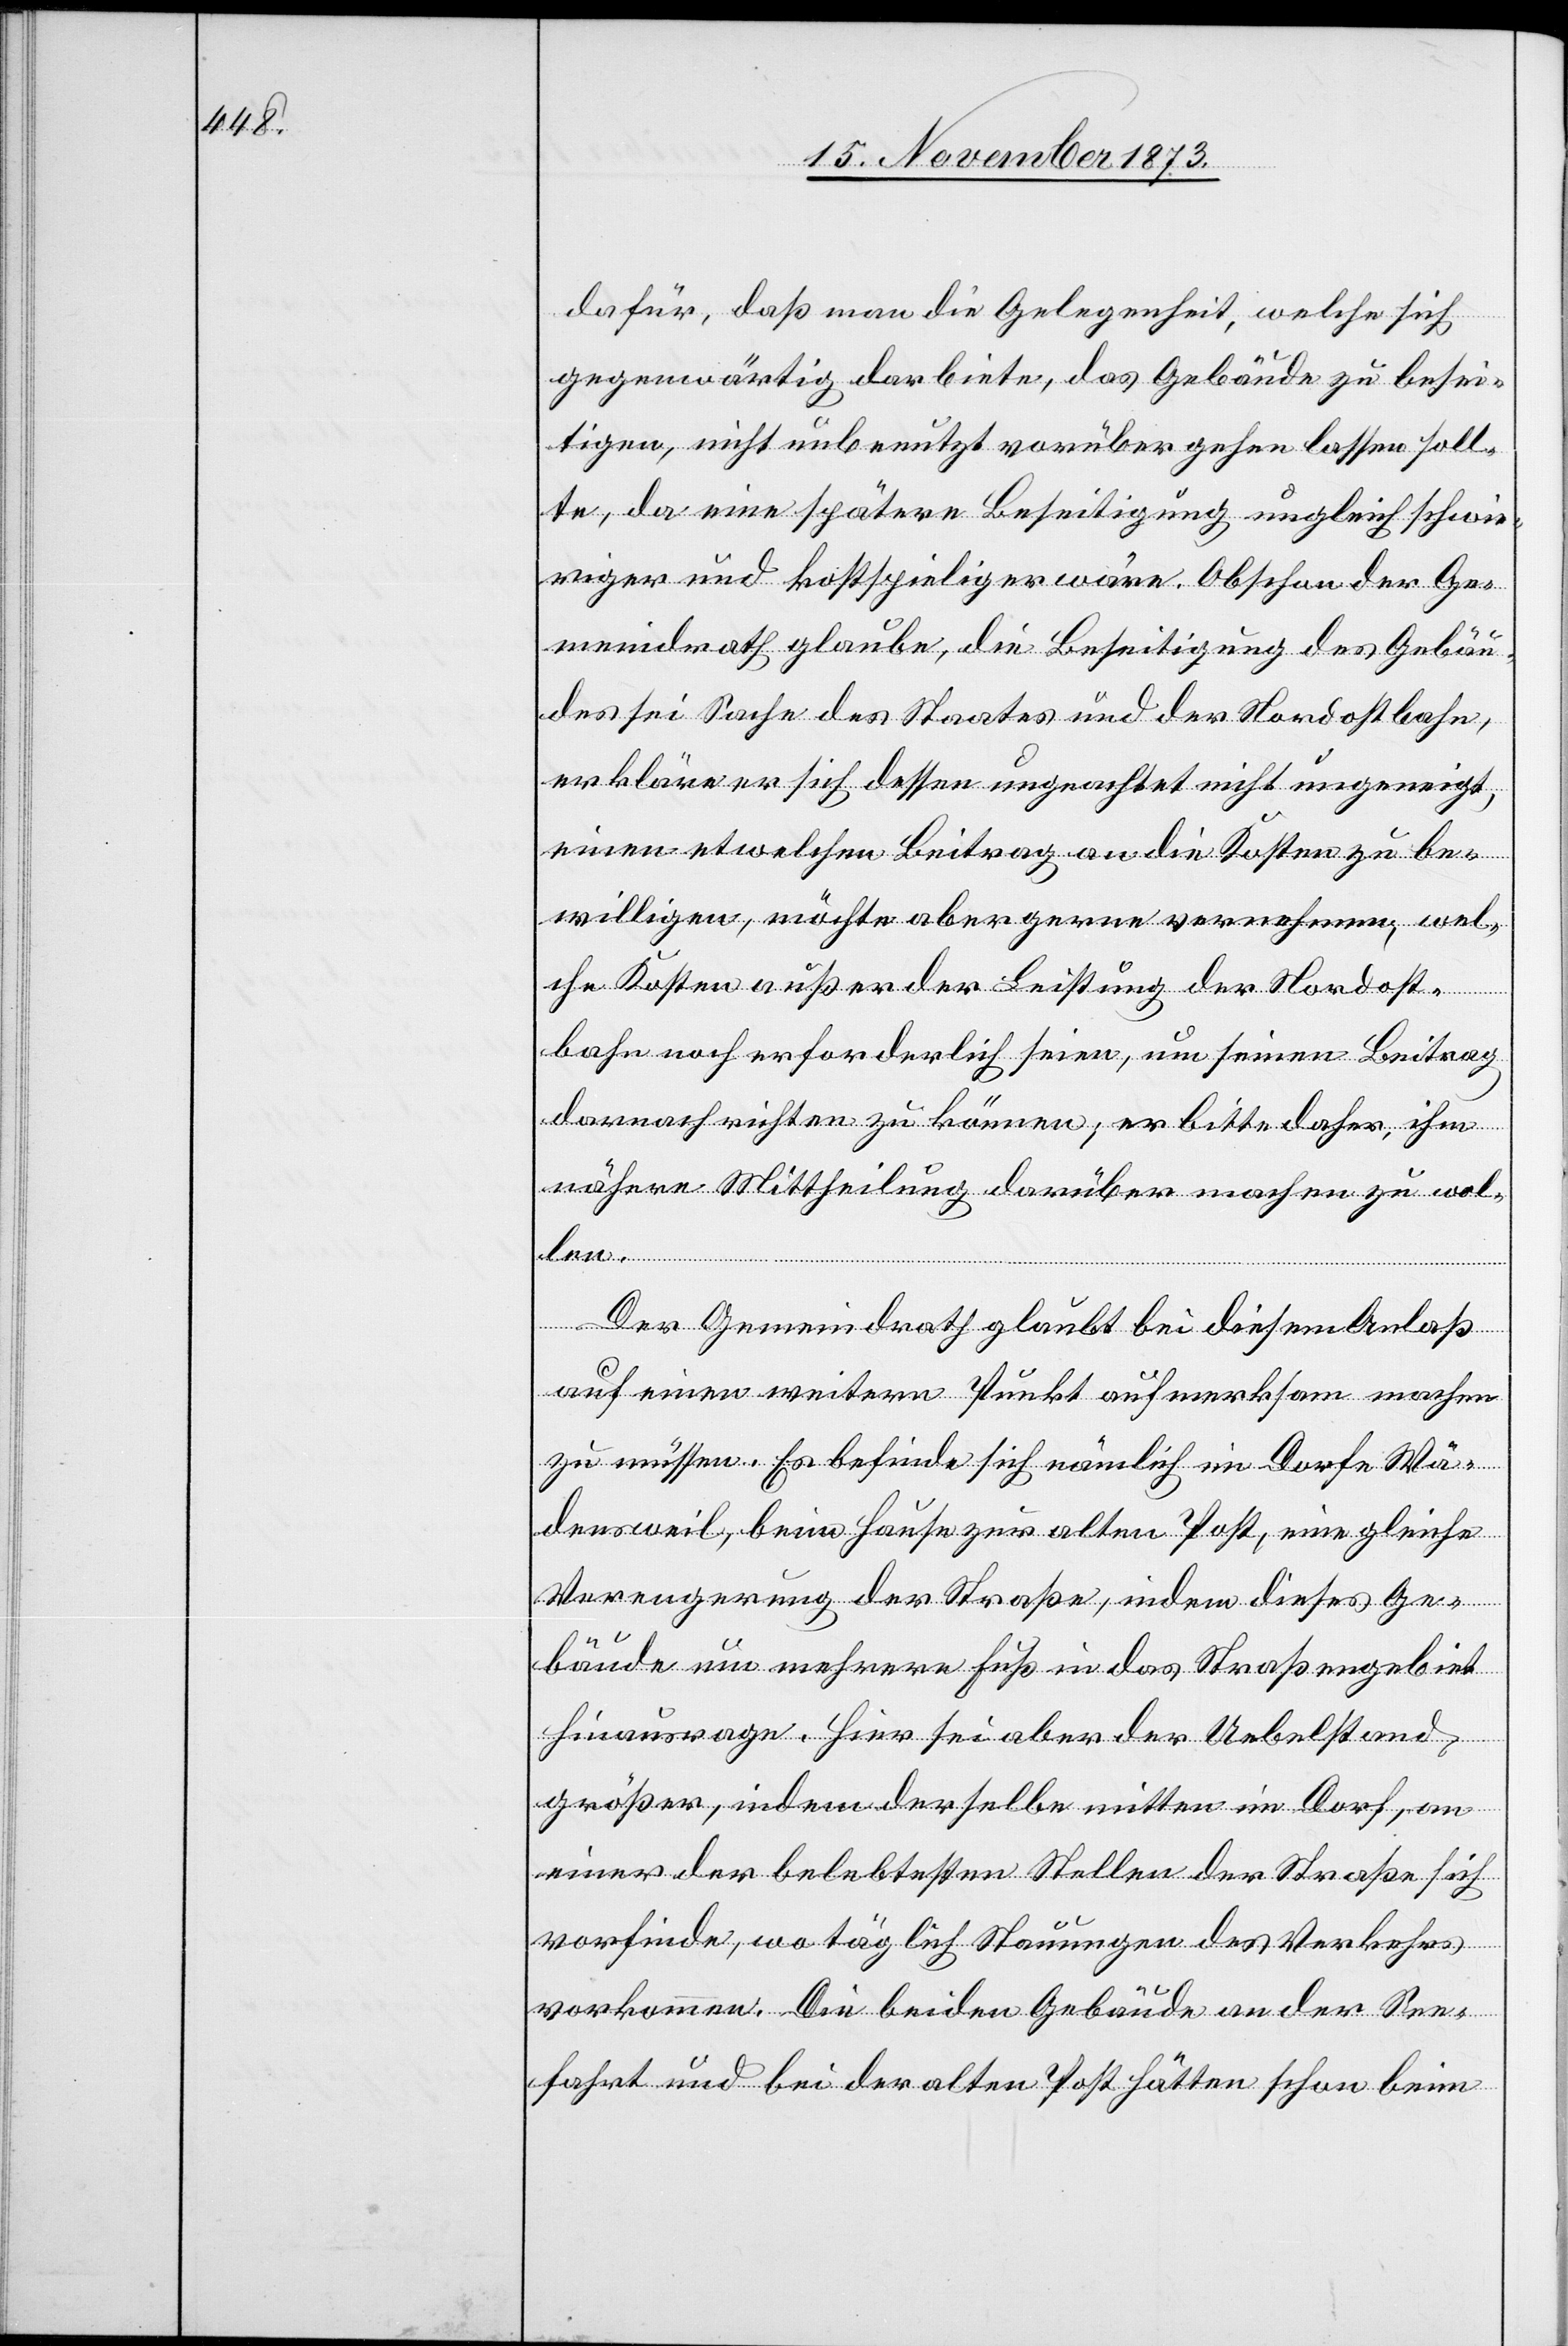
dafür, daß man die Gelegenheit, welche sich
gegenwärtig darbiete, das Gebäude zu besei¬
tigen, nicht unbenutzt vorüber gehen lassen soll¬
te, da eine spätere Beseitigung ungleich schwie¬
riger und kostspieliger wäre. Obschon der Ge¬
meindrath glaube, die Beseitigung des Gebäu¬
des sei Sache des Staates und der Nordostbahn,
erkläre er sich dessen ungeachtet nicht ungeneigt,
einen etwelchen Beitrag an die Kosten zu be¬
willigen, möchte aber gerne vernehmen, wel¬
che Kosten außer der Leistung der Nordost¬
bahn noch erforderlich seien, um seinen Beitrag
darnach richten zu können; er bitte daher, ihm
nähere Mittheilung darüber machen zu wol¬
len.
Der Gemeindrath glaubt bei diesem Anlaß
auf einen weitern Punkt aufmerksam machen
zu müssen. Es befinde sich nämlich im Dorfe Wä¬
densweil, beim Hause zur alten Post, eine gleiche
Verengerung der Straße, indem dieses Ge¬
bäude um mehrere Fuß in das Straßengebiet
hinausrage. Hier sei aber der Uebelstand
größer, indem derselbe mitten im Dorf, an
einer der belebtesten Stellen der Straße sich
vorfinde, wo täglich Stauungen des Verkehrs
vorkommen. Die beiden Gebäude an der See¬
fahrt und bei der alten Post hätten schon beim